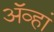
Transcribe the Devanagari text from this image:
अॅव्हां